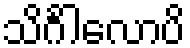
သိင်္ဂါလောပိ